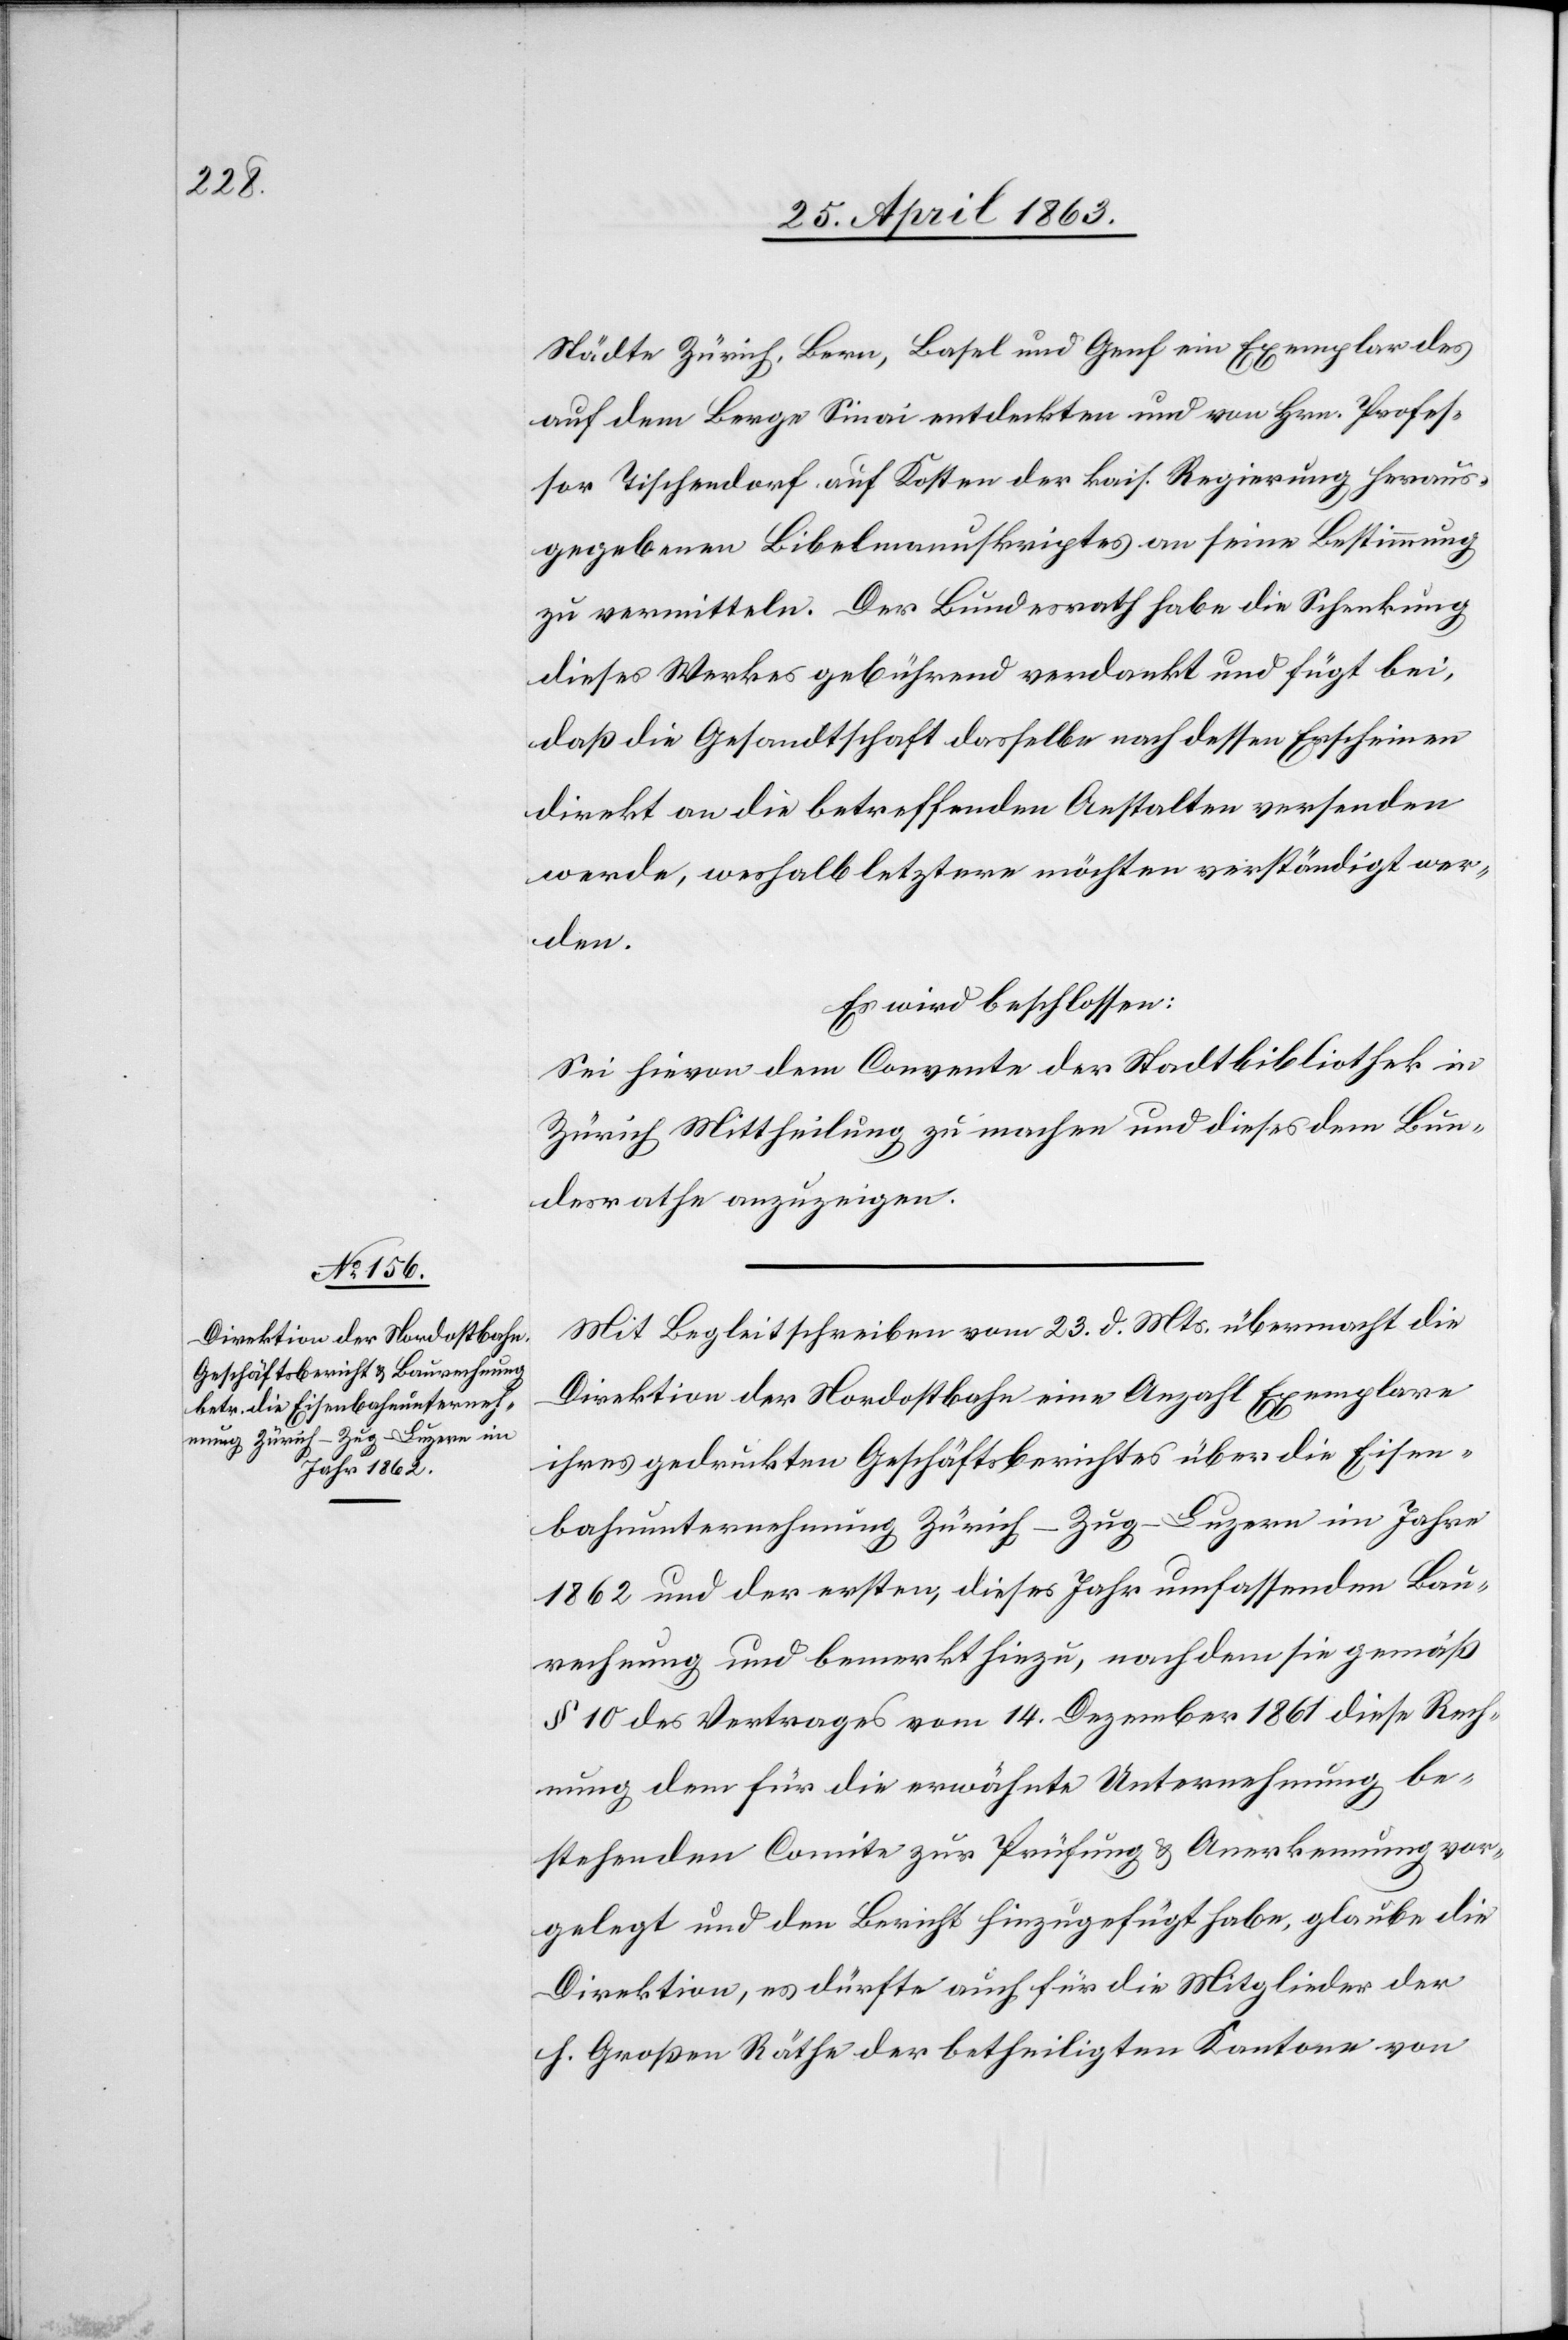
Städte Zürich, Bern, Basel und Genf ein Exemplar des
auf dem Berge Sinai entdeckten und von Hrn. Profes¬
sor Tischendorf auf Kosten der kais. Regierung heraus¬
gegebenen Bibelmanuskriptes an seine Bestimmung
zu vermitteln. Der Bundesrath habe die Schenkung
dieses Werkes gebührend verdankt und fügt bei,
daß die Gesandtschaft dasselbe nach dessen Erscheinen
direkt an die betreffenden Anstalten versenden
werde, weshalb letztere möchten verständigt wer¬
den.
Es wird beschlossen:
Sei hievon dem Convente der Stadtbibliothek in
Zürich Mittheilung zu machen und dieses dem Bun¬
desrathe anzuzeigen.
Mit Begleitschreiben vom 23. d. Mts. übermacht die
Direktion der Nordostbahn eine Anzahl Exemplare
ihres gedruckten Geschäftsberichtes über die Eisen¬
bahnunternehmung Zürich–Zug–Luzern im Jahre
1862 und der ersten, dieses Jahr umfassenden Bau¬
rechnung und bemerkt hiezu, nachdem sie gemäß
§ 10 des Vertrages vom 14. Dezember 1861 diese Rech¬
nung dem für die erwähnte Unternehmung be¬
stehenden Comite zur Prüfung & Anerkennung vor¬
gelegt und den Bericht hinzugefügt habe, glaube die
Direktion, es dürfte auch für die Mitglieder der
h. Großen Räthe der betheiligten Kantone von